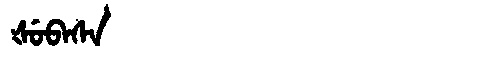
Manchu: ᡧᡠᠪᠠᠰᠠ
Romanization: ŠUBASA